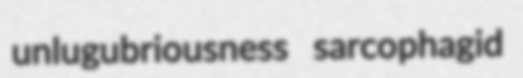
unlugubriousness sarcophagid